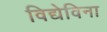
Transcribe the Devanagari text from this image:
विद्येविना